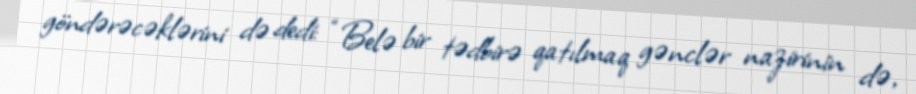
göndərəcəklərini də dedi: “Belə bir tədbirə qatılmaq gənclər nazirinin də,